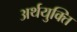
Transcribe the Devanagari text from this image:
अर्थयुक्ति